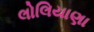
લોલિયાણા